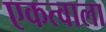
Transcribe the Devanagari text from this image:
एकत्वाला